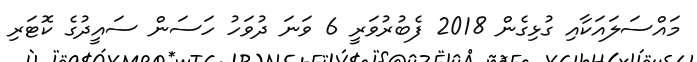
މައްސަލައަކާއި ގުޅިގެން 2018 ފެބުރުވަރީ 6 ވަނަ ދުވަހު ހަސަން ސައީދުގެ ކޮޓަރި